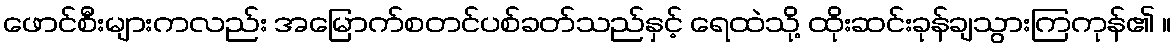
ဖောင်စီးများကလည်း အမြောက်စတင်ပစ်ခတ်သည်နှင့် ရေထဲသို့ ထိုးဆင်းခုန်ချသွားကြကုန်၏ ။